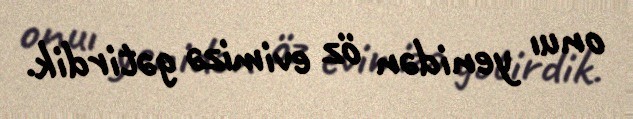
onuı yenidən öz evimizə gətirdik.